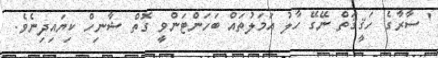
' ސާރާގެ ހަޤީޤަތް ނޭގޭ ހާލު އަމަލުތައް ބަހަންޓަންވީ ގޮތް ޝާނިހް ކިޔައިދިނެވެ.